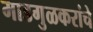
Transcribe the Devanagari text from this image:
माडगुळकरांचे